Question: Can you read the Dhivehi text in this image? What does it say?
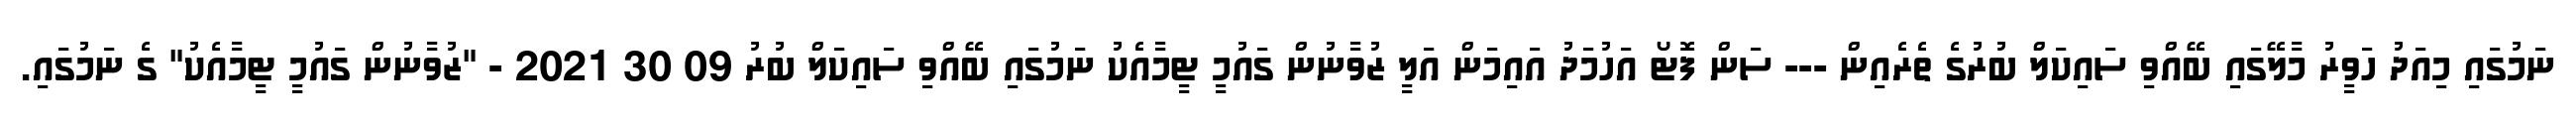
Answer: ނަމުގައި މިއަދު ހަވީރު މާލޭގައި ބޭއްވި ސައިކަލް ބުރުގެ ތެރެއިން --- ސަން ފޮޓޯ އަހުމަދު އައިމަން އަލީ ޒުވާނުން ގައުމީ ޓީމާއެކު ނަމުގައި ބޭއްވި ސައިކަލް ބުރު 09 30 2021 - "ޒުވާނުން ގައުމީ ޓީމާއެކު" ގެ ނަމުގައި.